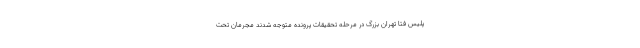
پلیس فتا تهران بزرگ در مرحله تحقیقات پرونده متوجه شدند مجرمان تحت